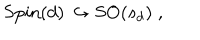
\mathrm { S p i n } ( d ) \hookrightarrow \mathrm { S O } ( s _ { d } ) \; ,